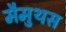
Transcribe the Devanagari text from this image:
मैमुथस